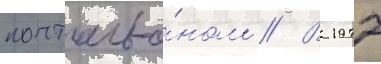
почтальо́ном // В 1977